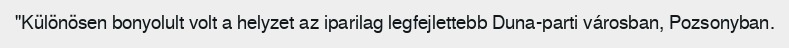
"Különösen bonyolult volt a helyzet az iparilag legfejlettebb Duna-parti városban, Pozsonyban.